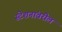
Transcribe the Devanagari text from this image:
स्टेशनांवरील